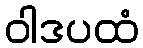
ဝါဒပထံ